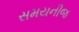
સમયનીજ